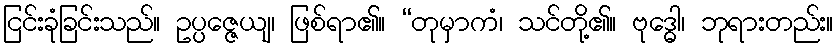
ငြင်းခုံခြင်းသည်။ ဥပ္ပဇ္ဇေယျ၊ ဖြစ်ရာ၏။ “တုမှာကံ၊ သင်တို့၏။ ဗုဒ္ဓေါ၊ ဘုရားတည်း။